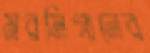
মরমিগানের